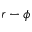
r - \phi